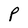
Character: P